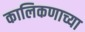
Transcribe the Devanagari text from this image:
कालिकणाच्या